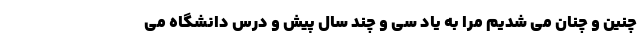
چنین و چنان می شدیم مرا به یاد سی و چند سال پیش و درس دانشگاه می‌